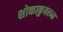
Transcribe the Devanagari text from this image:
शोकाकुवरुन